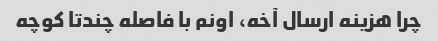
چرا هزینه ارسال آخه، اونم با فاصله چندتا کوچه